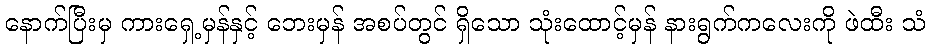
နောက်ပြီးမှ ကားရှေ့မှန်နှင့် ဘေးမှန် အစပ်တွင် ရှိသော သုံးထောင့်မှန် နားရွက်ကလေးကို ဖဲထီး သံ